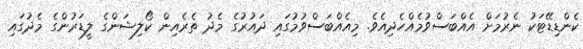
ކެންޑިޑޭޓަކު ނެރުމަށް އެއްބަސްވުމެއްހެދިއެވެ. މިއެއްބަސްވުމުގައި ދައުރުގެ މެދު ތެރެއިން ކޯލިޝަންގެ ލީޑަރުންގެ މެދުގައި